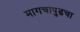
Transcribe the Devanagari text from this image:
मागचापुढचा